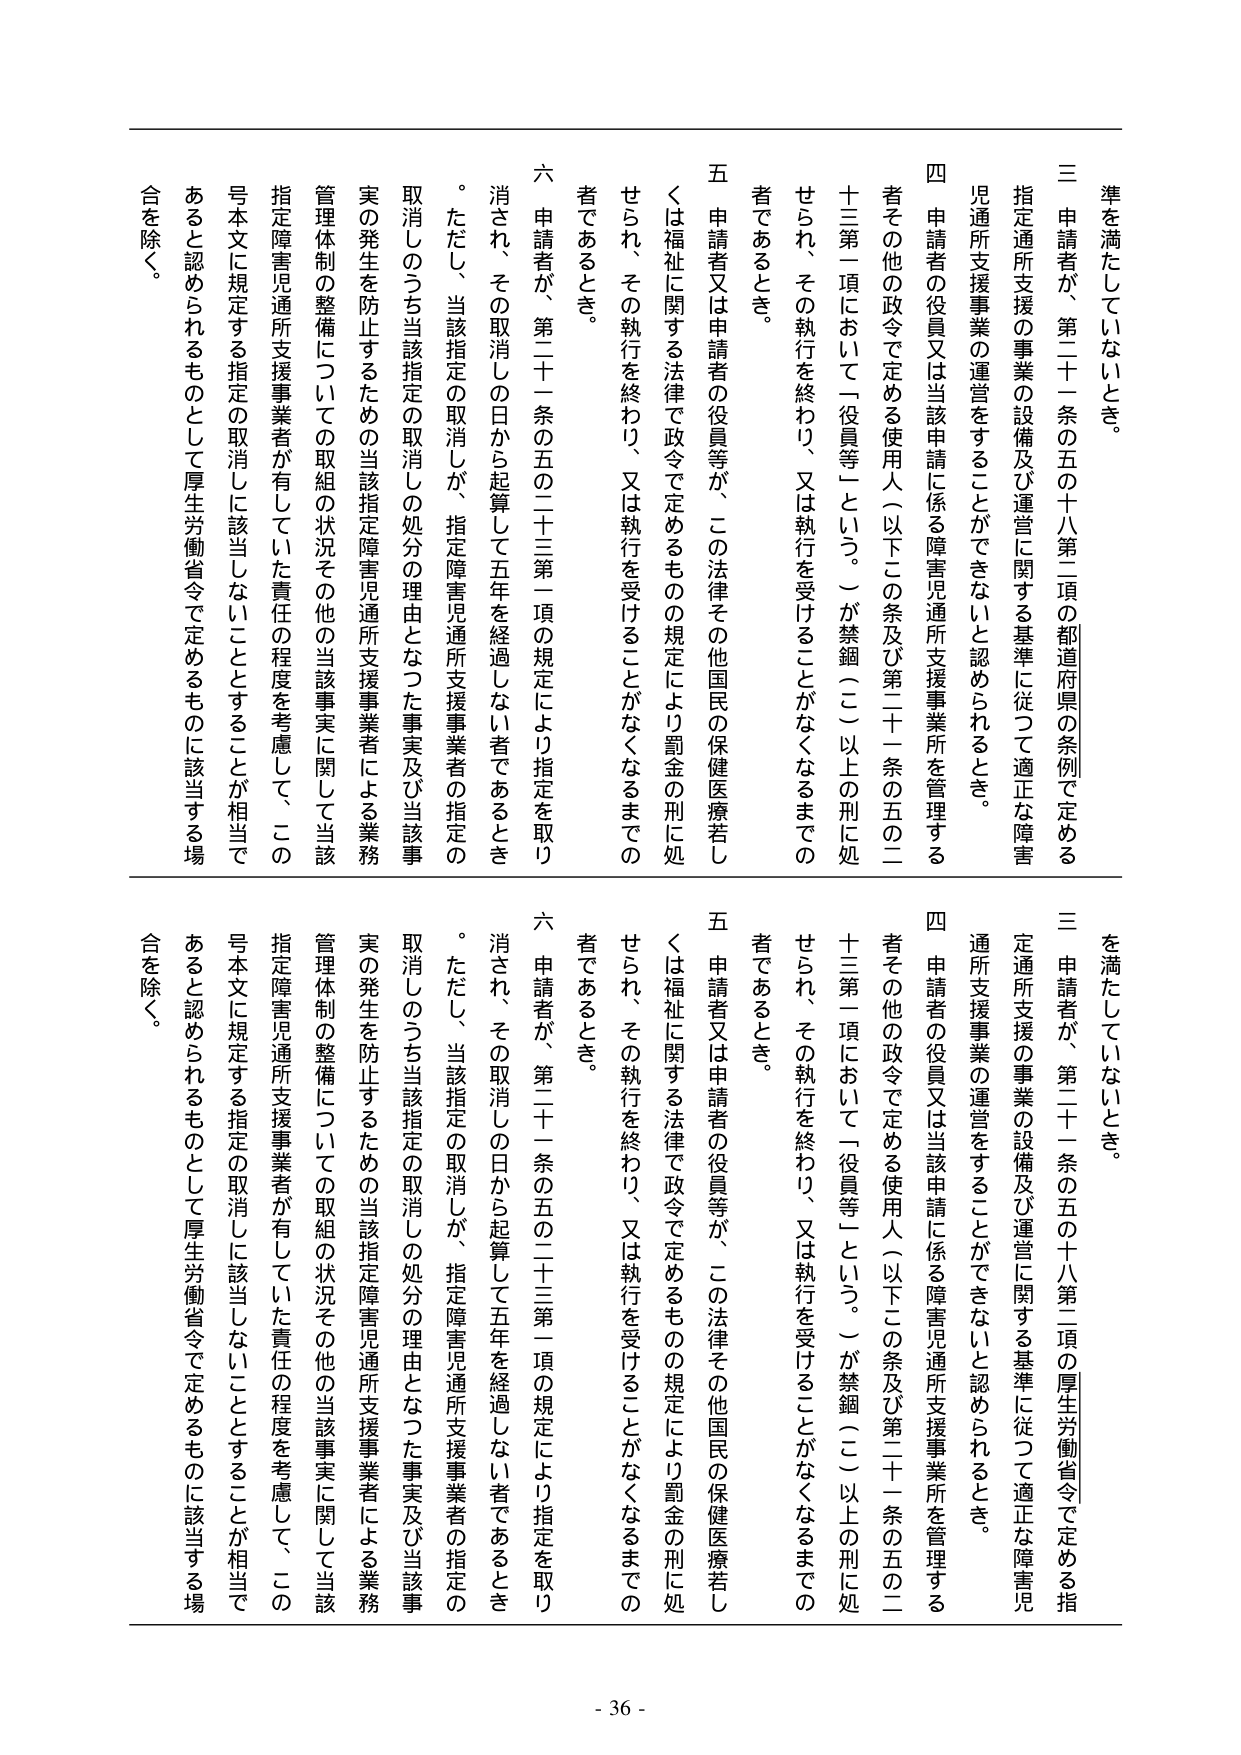
準を満たしていないとき。

三 申請者が、第二十一条の五の十八第二項の都道府県の条例で定める
指定通所支援の事業の設備及び運営に関する基準に従って適正な障害
児通所支援事業の運営をすることができないと認められるとき。

四 申請者の役員又は当該申請に係る障害児通所支援事業所を管理する
者その他の政令で定める使用人（以下この条及び第二十一条の五の二
十三第一項において「役員等」という。）が禁錮（二）以上の刑に処
せられ、その執行を終わり、又は執行を受けることがなくなるまでの
者であるとき。

五 申請者又は申請者の役員等が、この法律その他国民の保健医療若し
くは福祉に関する法律で政令で定めるものの規定により罰金の刑に処
せられ、その執行を終わり、又は執行を受けることがなくなるまでの
者であるとき。

六 申請者が、第二十一条の五の二十三第一項の規定により指定を取り
消され、その取消しの日から起算して五年を経過しない者であるとき
。ただし、当該指定の取消しが、指定障害児通所支援事業者の指定の
取消しのうち当該指定の取消しの処分の理由となった事実及び当該事
実の発生を防止するための当該指定障害児通所支援事業者による業務
管理体制の整備についての取組の状況その他の当該事実に関して当該
指定障害児通所支援事業者が有していた責任の程度を考慮して、この
号本文に規定する指定の取消しに該当しないこととすることが相当で
あると認められるものとして厚生労働省令で定めるものに該当する場
合を除く。

準を満たしていないとき。

三 申請者が、第二十一条の五の十八第二項の厚生労働省令で定める指
定通所支援の事業の設備及び運営に関する基準に従って適正な障害児
通所支援事業の運営をすることができないと認められるとき。

四 申請者の役員又は当該申請に係る障害児通所支援事業所を管理する
者その他の政令で定める使用人（以下この条及び第二十一条の五の二
十三第一項において「役員等」という。）が禁錮（二）以上の刑に処
せられ、その執行を終わり、又は執行を受けることがなくなるまでの
者であるとき。

五 申請者又は申請者の役員等が、この法律その他国民の保健医療若し
くは福祉に関する法律で政令で定めるものの規定により罰金の刑に処
せられ、その執行を終わり、又は執行を受けることがなくなるまでの
者であるとき。

六 申請者が、第二十一条の五の二十三第一項の規定により指定を取り
消され、その取消しの日から起算して五年を経過しない者であるとき
。ただし、当該指定の取消しが、指定障害児通所支援事業者の指定の
取消しのうち当該指定の取消しの処分の理由となった事実及び当該事
実の発生を防止するための当該指定障害児通所支援事業者による業務
管理体制の整備についての取組の状況その他の当該事実に関して当該
指定障害児通所支援事業者が有していた責任の程度を考慮して、この
号本文に規定する指定の取消しに該当しないこととすることが相当で
あると認められるものとして厚生労働省令で定めるものに該当する場
合を除く。

- 36 -